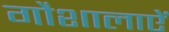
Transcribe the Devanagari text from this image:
गौशालाऐं